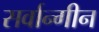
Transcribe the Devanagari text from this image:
सर्वान्गीन